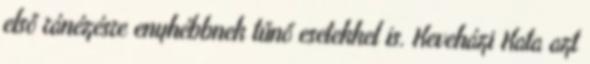
első ránézésre enyhébbnek tűnő esetekkel is. Keveházi Kata azt